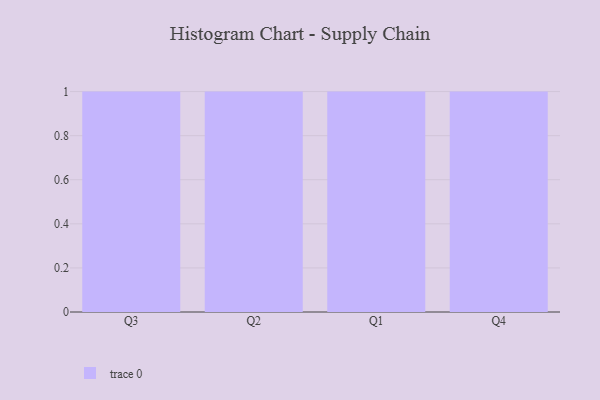
{"axis": {"x": "Quarter", "y": "Tickets Resolved"}, "legend": [""], "data": [{"x": "Q3", "y": 22, "type": ""}, {"x": "Q2", "y": 100, "type": ""}, {"x": "Q1", "y": 54, "type": ""}, {"x": "Q4", "y": 86, "type": ""}]}